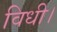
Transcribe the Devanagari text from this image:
विधी।